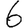
Digit: 6